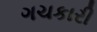
ગચકારી